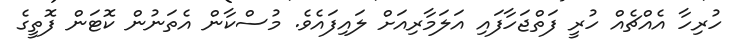
ހުރިހާ އެއްޗެއް ހުރީ ފަތްޖަހާފައި އަލަމާރިއަށް ލައިފައެވެ. މުސްކާން އެތަނުން ކޮޓަން ފޮތީގެ